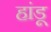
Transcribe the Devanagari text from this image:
हांडू